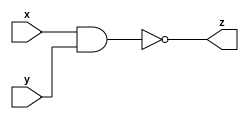
module top (input wire x, input wire y, output reg z);
   always @*
     z <= x ~& y;
endmodule